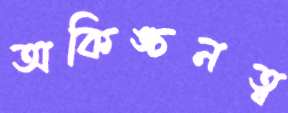
অকিঙ্চনত্ব